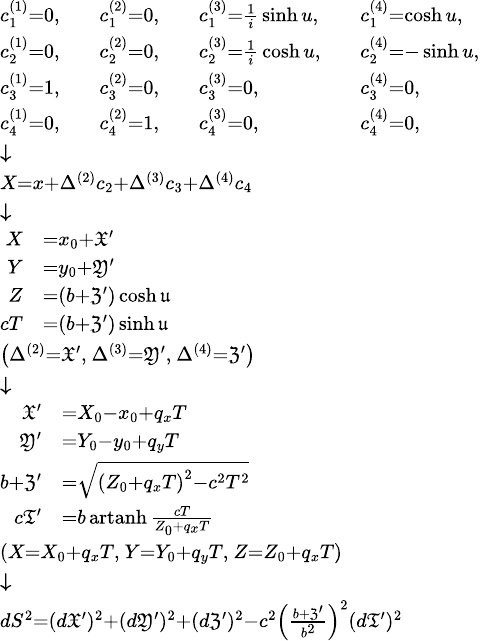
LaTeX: \scriptstyle{\begin{array}{l}{{\begin{array}{lllllll}{c_{1}^{(1)}=0,}&&{c_{1}^{(2)}=0,}&&{c_{1}^{(3)}={\frac{1}{i}}\sinh u,}&&{c_{1}^{(4)}=\cosh u,}\\ {c_{2}^{(1)}=0,}&&{c_{2}^{(2)}=0,}&&{c_{2}^{(3)}={\frac{1}{i}}\cosh u,}&&{c_{2}^{(4)}=-\sinh u,}\\ {c_{3}^{(1)}=1,}&&{c_{3}^{(2)}=0,}&&{c_{3}^{(3)}=0,}&&{c_{3}^{(4)}=0,}\\ {c_{4}^{(1)}=0,}&&{c_{4}^{(2)}=1,}&&{c_{4}^{(3)}=0,}&&{c_{4}^{(4)}=0,}\end{array}}}\\ {{\boldsymbol{\downarrow}}}\\ {X=x+\Delta^{(2)}c_{2}+\Delta^{(3)}c_{3}+\Delta^{(4)}c_{4}}\\ {{\boldsymbol{\downarrow}}}\\ {{\begin{array}{rl}{X}&{=x_{0}+{\mathfrak{X}}^{\prime}}\\ {Y}&{=y_{0}+{\mathfrak{Y}}^{\prime}}\\ {Z}&{=\left(b+{\mathfrak{Z}}^{\prime}\right)\cosh{\mathfrak{u}}}\\ {cT}&{=\left(b+{\mathfrak{Z}}^{\prime}\right)\sinh{\mathfrak{u}}}\end{array}}}\\ {\left(\Delta^{(2)}={\mathfrak{X}}^{\prime},\ \Delta^{(3)}={\mathfrak{Y}}^{\prime},\ \Delta^{(4)}={\mathfrak{Z}}^{\prime}\right)}\\ {{\boldsymbol{\downarrow}}}\\ {{\begin{array}{rl}{{\mathfrak{X}}^{\prime}}&{=X_{0}-x_{0}+q_{x}T}\\ {{\mathfrak{Y}}^{\prime}}&{=Y_{0}-y_{0}+q_{y}T}\\ {b+{\mathfrak{Z}}^{\prime}}&{={\sqrt{\left(Z_{0}+q_{x}T\right)^{2}-c^{2}T^{2}}}}\\ {c{\mathfrak{T}}^{\prime}}&{=b\operatorname{artanh}{\frac{cT}{Z_{0}+q_{x}T}}}\end{array}}}\\ {\left(X=X_{0}+q_{x}T,\ Y=Y_{0}+q_{y}T,\ Z=Z_{0}+q_{x}T\right)}\\ {{\boldsymbol{\downarrow}}}\\ {dS^{2}=(d{\mathfrak{X}}^{\prime})^{2}+(d{\mathfrak{Y}}^{\prime})^{2}+(d{\mathfrak{Z}}^{\prime})^{2}-c^{2}\left({\frac{b+{\mathfrak{Z}}^{\prime}}{b^{2}}}\right)^{2}(d{\mathfrak{T}}^{\prime})^{2}}\end{array}}